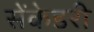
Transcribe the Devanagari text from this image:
सेंकेडरी